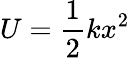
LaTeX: U={\frac{1}{2}}kx^{2}